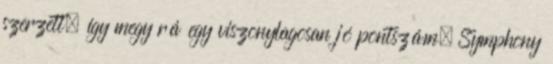
szerzett, így megy rá egy viszonylagosan jó pontszám. Symphony